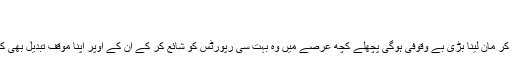
ایگزیکٹ Posted on May 23, 2015
تحریر : حسنین لیاقت عباسی
ویسے نیویارک ٹائم کی رپورٹ کو قرآن و حدیث سمجھ کر مان لینا بڑی بے وقوفی ہوگی پچھلے کچھ عرصے میں وہ بہت سی رپورٹس کو شائع کر کے ان کے اوپر اپنا موقف تبدیل بھی کر چکے ہیں اور اس کے بعد معذرت بھی کر چکے ہیں۔